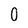
Character: 0